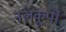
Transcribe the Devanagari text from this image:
नलकूपो